Subject: stat
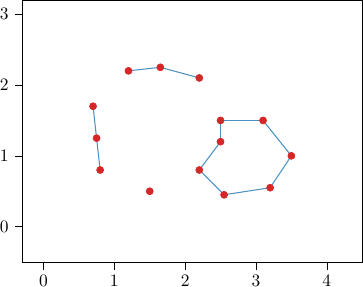
LaTeX code:
\begin{tikzpicture}[scale=0.63, every node/.style={scale=1}]
\definecolor{crimson2143940}{RGB}{214,39,40}
\definecolor{darkgray176}{RGB}{176,176,176}
\definecolor{darkorange25512714}{RGB}{255,127,14}
\definecolor{steelblue31119180}{RGB}{31,119,180}
\begin{axis}[
unit vector ratio*=1 1 1,
tick align=outside,
tick pos=left,
x grid style={darkgray176},
xmin=-.3, xmax=4.5,
xtick style={color=black},
y grid style={darkgray176},
ymin=-0.5, ymax=3.2,
ytick style={color=black}
]
\addplot [draw=crimson2143940, fill=crimson2143940, mark=*, only marks]
table{%
x  y
1.5 0.5
0.8 0.8
0.75 1.25
0.7 1.7
1.2 2.2
1.65 2.25
2.2 2.1
2.5 1.5
2.2 0.8
2.5 1.2
2.55 0.45
3.2 0.55
3.5 1
3.1 1.5
};
\draw[draw=black,fill=darkorange25512714,opacity=0.1] (axis cs:1.5,0.5) circle (0.33);
\draw[draw=black,fill=darkorange25512714,opacity=0.1] (axis cs:0.8,0.8) circle (0.33);
\draw[draw=black,fill=darkorange25512714,opacity=0.1] (axis cs:0.75,1.25) circle (0.33);
\draw[draw=black,fill=darkorange25512714,opacity=0.1] (axis cs:0.7,1.7) circle (0.33);
\draw[draw=black,fill=darkorange25512714,opacity=0.1] (axis cs:1.2,2.2) circle (0.33);
\draw[draw=black,fill=darkorange25512714,opacity=0.1] (axis cs:1.65,2.25) circle (0.33);
\draw[draw=black,fill=darkorange25512714,opacity=0.1] (axis cs:2.2,2.1) circle (0.33);
\draw[draw=black,fill=darkorange25512714,opacity=0.1] (axis cs:2.5,1.5) circle (0.33);
\draw[draw=black,fill=darkorange25512714,opacity=0.1] (axis cs:2.2,0.8) circle (0.33);
\draw[draw=black,fill=darkorange25512714,opacity=0.1] (axis cs:2.5,1.2) circle (0.33);
\draw[draw=black,fill=darkorange25512714,opacity=0.1] (axis cs:2.55,0.45) circle (0.33);
\draw[draw=black,fill=darkorange25512714,opacity=0.1] (axis cs:3.2,0.55) circle (0.33);
\draw[draw=black,fill=darkorange25512714,opacity=0.1] (axis cs:3.5,1) circle (0.33);
\draw[draw=black,fill=darkorange25512714,opacity=0.1] (axis cs:3.1,1.5) circle (0.33);
\addplot [semithick, steelblue31119180, opacity=0.8]
table {%
0.8 0.8
0.75 1.25
};
\addplot [semithick, steelblue31119180, opacity=0.8]
table {%
0.75 1.25
0.7 1.7
};
\addplot [semithick, steelblue31119180, opacity=0.8]
table {%
1.2 2.2
1.65 2.25
};
\addplot [semithick, steelblue31119180, opacity=0.8]
table {%
1.65 2.25
2.2 2.1
};
\addplot [semithick, steelblue31119180, opacity=0.8]
table {%
2.5 1.5
2.5 1.2
};
\addplot [semithick, steelblue31119180, opacity=0.8]
table {%
2.5 1.5
3.1 1.5
};
\addplot [semithick, steelblue31119180, opacity=0.8]
table {%
2.2 0.8
2.5 1.2
};
\addplot [semithick, steelblue31119180, opacity=0.8]
table {%
2.2 0.8
2.55 0.45
};
\addplot [semithick, steelblue31119180, opacity=0.8]
table {%
2.55 0.45
3.2 0.55
};
\addplot [semithick, steelblue31119180, opacity=0.8]
table {%
3.2 0.55
3.5 1
};
\addplot [semithick, steelblue31119180, opacity=0.8]
table {%
3.5 1
3.1 1.5
};
\end{axis}

\end{tikzpicture}